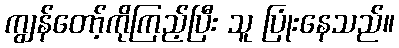
ကျွန်တော့်ကိုကြည့်ပြီး သူ ပြုံးနေသည်။